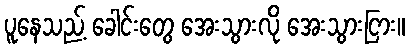
ပူနေသည့် ခေါင်းတွေ အေးသွားလို အေးသွားငြား။